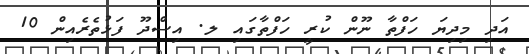
އަދި މިދިޔަ ހަފްތާ ނޫން ކުރީ ހަފްތާގައި ލ. އިސްދޫ ފަޅުތެރެއިން 10